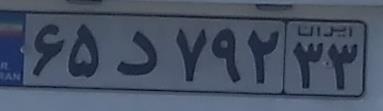
۶۵د۷۹۲۳۳